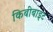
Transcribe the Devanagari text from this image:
किबीबाइट